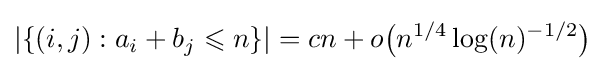
|\{(i,j):a_{i}+b_{j}\leqslant n\}|=cn+o{\big (}n^{1/4}\log(n)^{-1/2}{\big )}